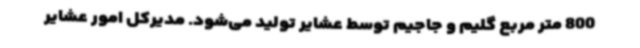
800 متر مربع گلیم و جاجیم توسط عشایر تولید می‌شود. مدیرکل امور عشایر